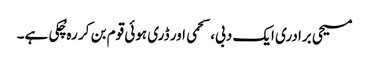
مسیحی برادری ایک دبی، سحمی اور ڈری ہوئی قوم بن کر رہ چُکی ہے۔